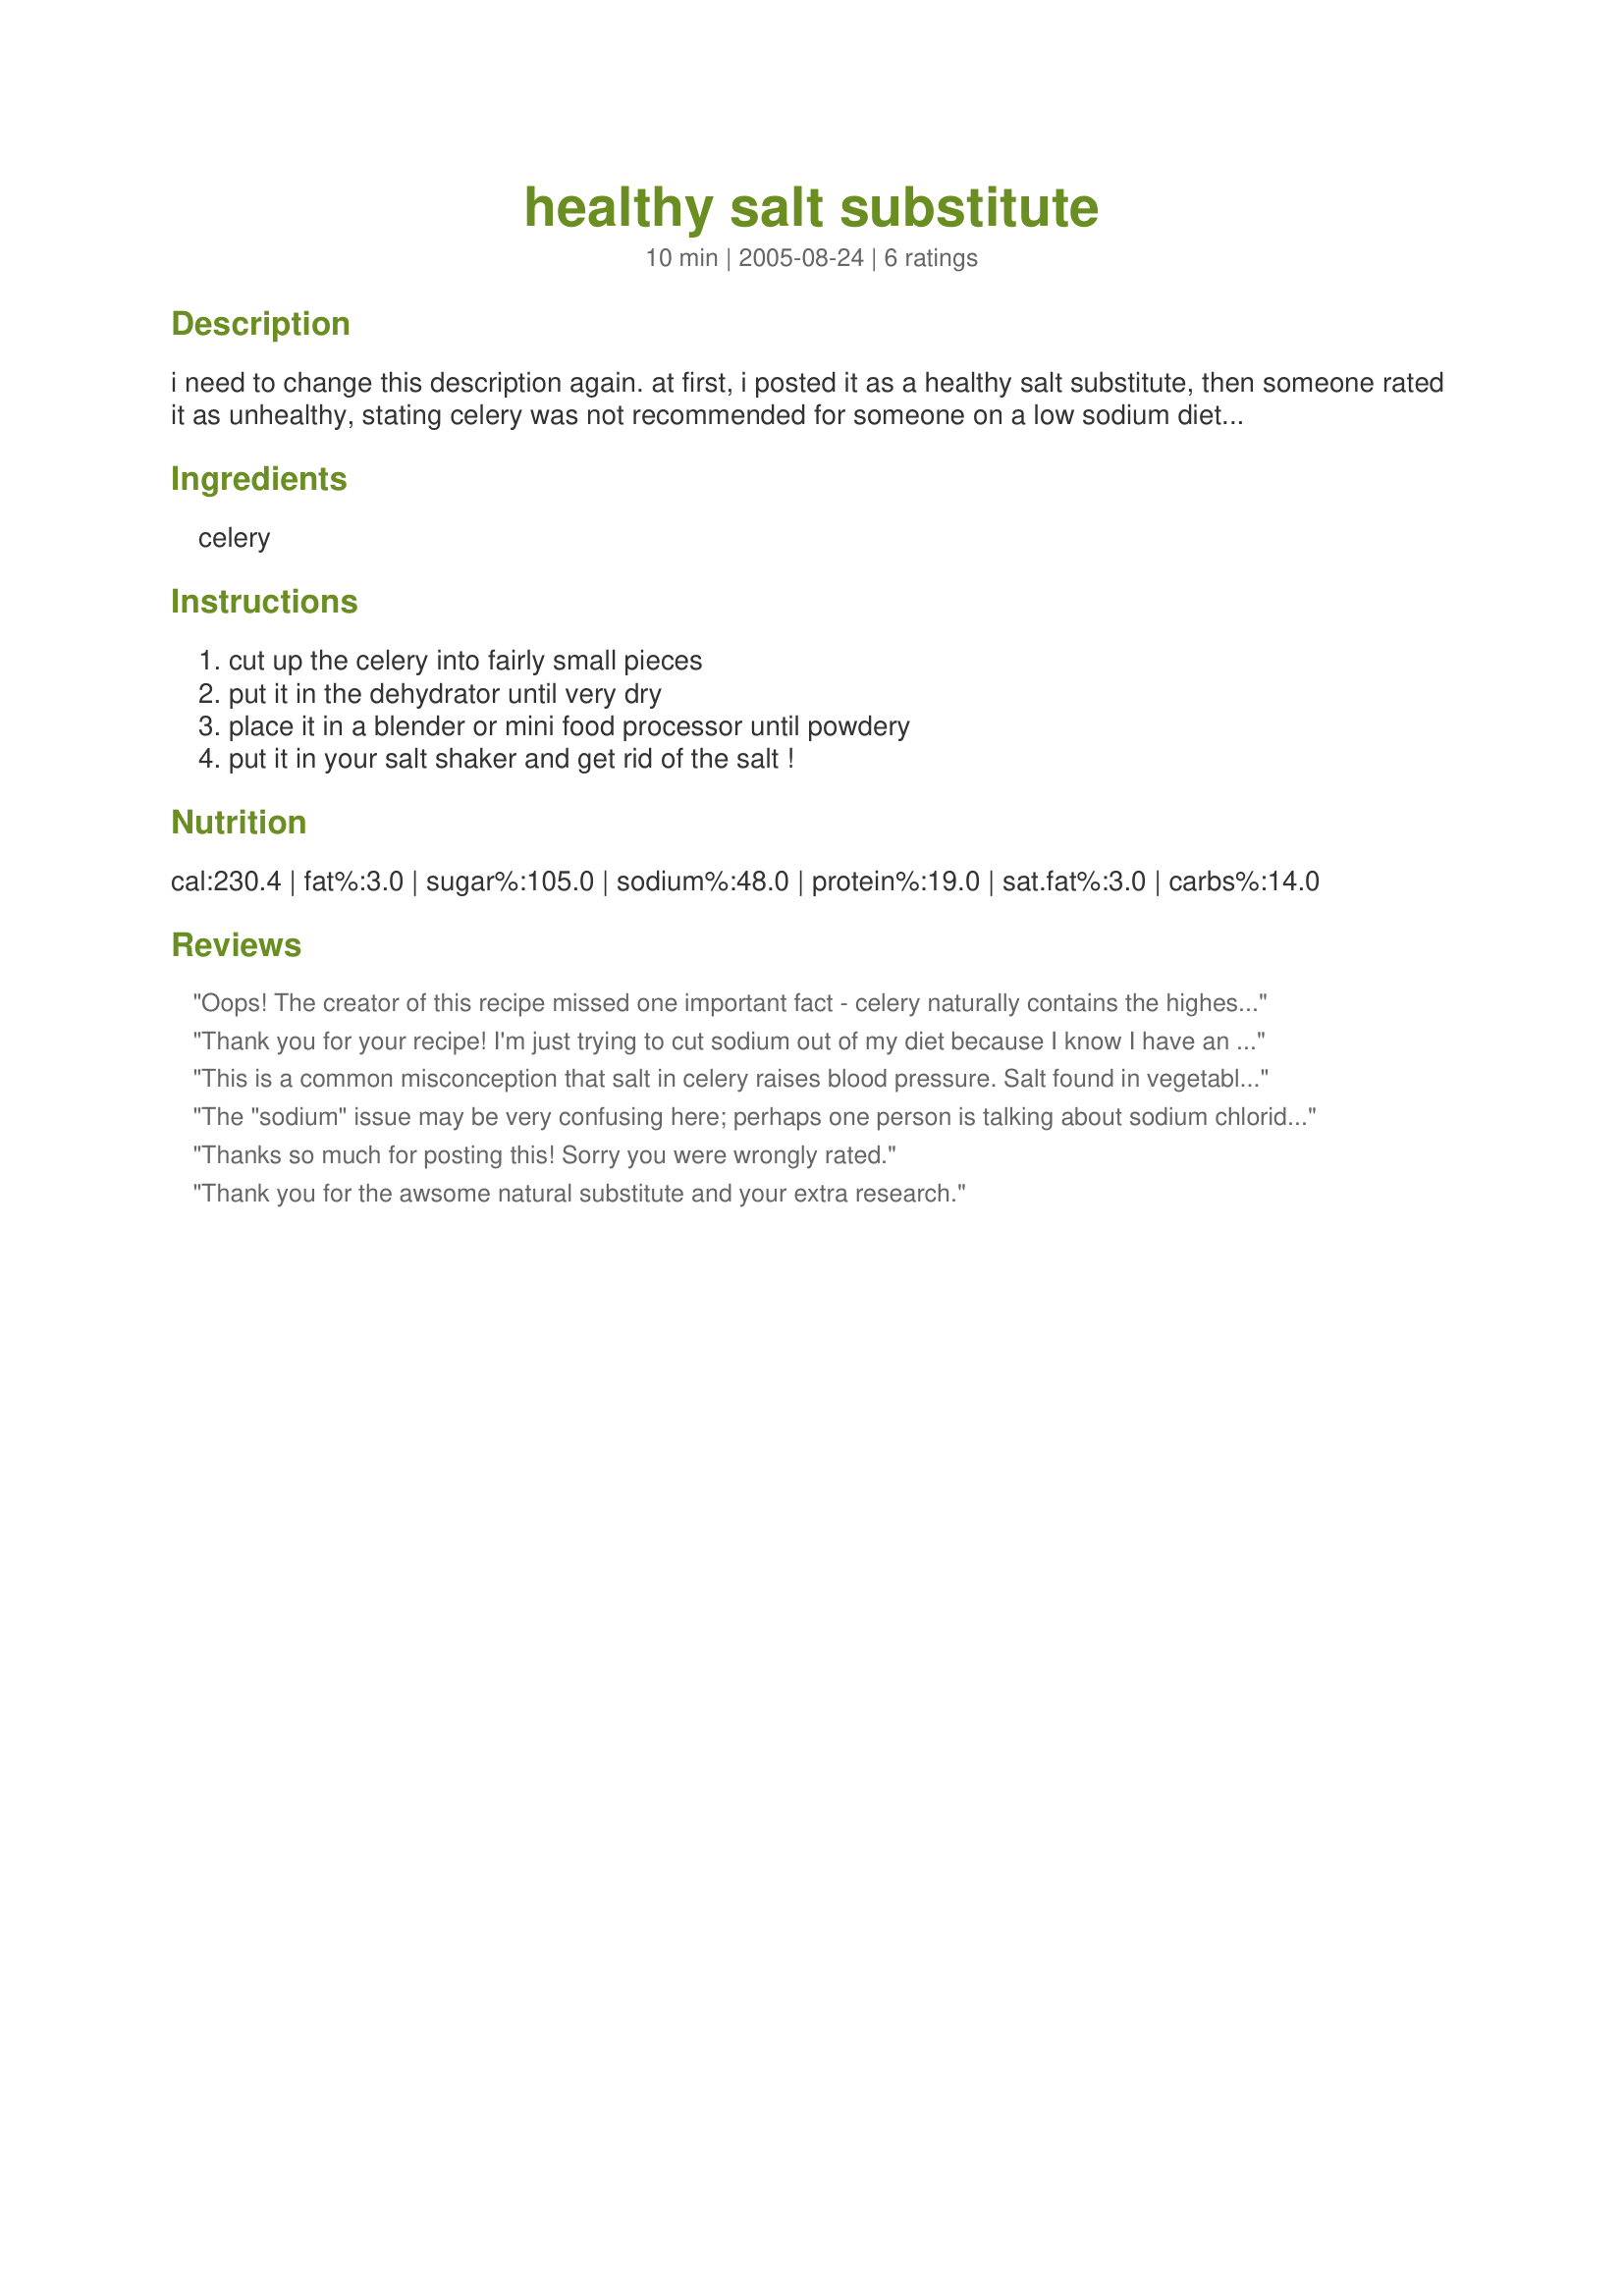
healthy salt substitute
Preparation time: 10 minutes

i need to change this description again. at first, i posted it as a healthy salt substitute, then someone rated it as unhealthy, stating celery was not recommended for someone on a low sodium diet. then someone else rated it as healthy and gave a website to check. so i did my own research. this is what i found. according to the heart and stroke foundation of canada, (www.heartandstroke.ca) celery is a healthy choice for people on low sodium diets. this is what they wrote in response to my question about it; "we are not aware of such claim regarding celery being an unhealthy food choice and acknowledge that incorporating 5-10 servings of vegetables and fruit a day is healthy for you and can help reduce your risk of heart disease, stroke, diabetes and some types of cancer. vegetables provide nutrients that are important for health."

1 stalk of celery (raw) only contains 40 mg of sodium. according to my husbands cardiologist, he is allowed 240 mg sodium/day (or foods with no higher than 10% sodium on the label). also, according to the way the nutrition info is listed on my recipe, one serving is listed as 1440g. this is for the entire recipe of 2 bunches of celery!! if someone poured the whole thing on their food, yes, perhaps that would be unhealthy. but who would do that? so go ahead and use this recipe as a healthy salt substitute!

Ingredients:
celery

Steps:
cut up the celery into fairly small pieces, put it in the dehydrator until very dry, place it in a blender or mini food processor until powdery, put it in your salt shaker and get rid of the salt !

Reviews:
Oops! The creator of this recipe missed one important fact - celery naturally contains the highest level of sodium of any vegetable! Celery is forbidden for people on low or no-salt diets, even when eaten plain. This is not a healthy substitute!
Thank you for your recipe! I'm just trying to cut sodium out of my diet because I know I have an unhealthy love of it. I just got a dehydrator and LOVE it! Thank you!
This is a common misconception that salt in celery raises blood pressure. Salt found in vegetables as organic not inorganic like the kind found in the ocean and the ground. Plus their are certain ingredients in celery that have actually been shown to lower blood pressure. See comments below and link to the website is:http://www.mothernature.com/Library/Bookshelf/Books/21/131.cfm

One of the best ways to lower blood pressure is to eat more celery, which contains an oil that can lower blood pressure, adds registered pharmacist Earl Mindell, R.Ph., Ph.D., professor of nutrition at Pacific Western University in Los Angeles and author of Earl Mindell’s Food as Medicine and other books on nutrition. Celery oil allows muscles that regulate blood pressure to dilate, says Dr. Mindell, and scientific studies show that rats who consumed the equivalent of four stalks of celery a day lowered their blood pressure an average of 13 percent.
The "sodium" issue may be very confusing here; perhaps one person is talking about sodium chloride, which is table salt, and the other is talking about sodium nitrate, which occurs naturally in celery, as it does in many other vegetables. If you look at the nutrition list on the right, you'll see this is extremely high in sodium chloride and probably should not be used by those with hypertension (high blood pressure). Being aware that sodium nitrate has been blamed for being a carcinogen, I can uderstand the caution. However, I suggest that those who are concerned about sodium nitrate read the article here: http://culinaryarts.about.com/od/seasoningflavoring/a/nitrates.htm<br/><br/>The newest information is that sodium nitrate does not cause cancer, but hot dog maker Oscar Mayer sells hot dogs labeled "nitrate-free" and "uncured". If you read the label, though, you'll see that they contain celery juice, which is a natural nitrate that becomes a nitrite in the intestines. Celery juice is a natural killer of the organizm that causes botulism, and I think the best concensus is that it is safer to protect from that than it is to worry about the possibility of carcinogens being formed by nitrites. <br/><br/>As far as using celery as a salt, I wouldn't, simply because sodium chloride will be greatly intensified in dehydrated celery, which shrinks down to tiny, tiny amounts and is therefore highly concentrated. I have to be on a low sodium chloride diet, so I won't be doing this at all. <br/><br/>A cup of fresh celery contains about 100 mg. of sodium chloride. It will become highly concentrated in dehydrated celery; it's rather incredible to see how much it shrinks during dehydration, actually. I wouldn't fear eating fresh celery in a recipe, but I'd think twice about making this celery "salt". 71 mg. of sodium nitrate in an individual weighing 143 kg. is toxic. <br/><br/>The term "sodium" is added to a lot of chemicals. Please be aware of which one you're discussing. The sodium shown in the Nutritional Facts is more than half that which is recommended for an entire day's intake. No, this is NOT a table salt substitute, by any means.<br/><br/>I am an R.N./Nutrition counselor
Thanks so much for posting this! Sorry you were wrongly rated.
Thank you for the awsome natural substitute and your extra research.
